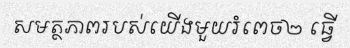
សមត្ថភាពរបស់យើងមួយរំពេច២ ធ្វើ